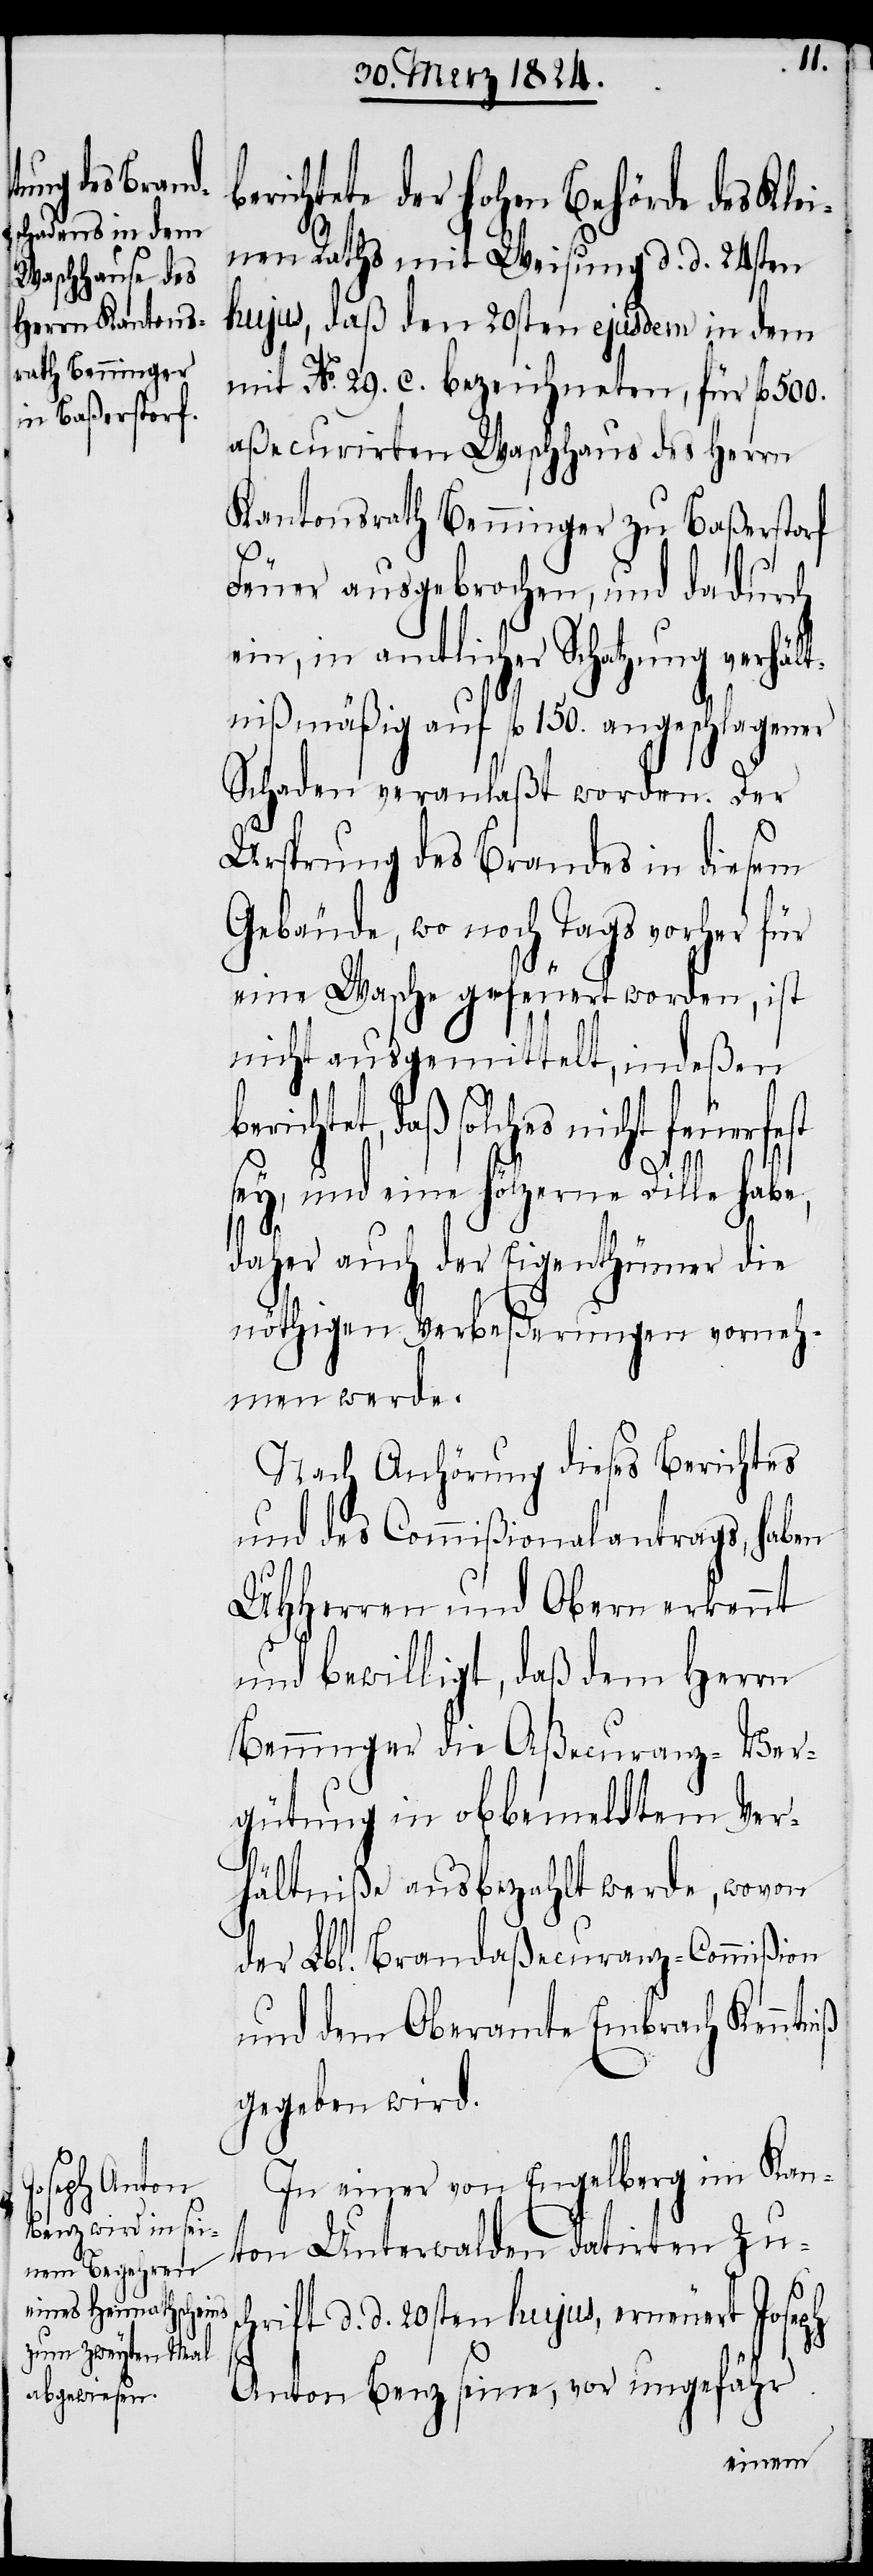
Benz seine,

richtete der hohen Behörde des Kle¬
inen Raths mit Weisung d. d. 24sten
hujus, daß den 20sten ejusdem in dem
mit No. 29. c. bezeichneten, für fl. 500.
aßecurirten Waschhaus des Herrn
Kantonsrath Benninger zu Baßerstorf
Feuer ausgebrochen, und dadurch
ein, in amtlicher Schatzung verhält¬
nißmäßig auf fl. 150. angeschlagener
Schaden veranlaßt worden. Der
Ursprung des Brandes in diesem
Gebäude, wo es noch Tags vorher für
eine Wasche gefeuert worden, ist
nicht ausgemittelt, indeßen
berichtet, daß solches nicht feuerfest
sey, und eine hölzerne Dille habe,
daher auch der Eigenthümer die
nöthigen Verbeßerungen vorneh¬
men werde.
Nach Anhörung dieses Berichtes
und des Commißionalantrags, haben
UHHerren und Obern erkennt
und bewilligt, daß dem Herrn
Benninger die Aßecuranz-Ver¬
gütung in obbemeldtem Ver¬
hältniße ausbezahlt werde, wovon
der Lbl. Brandaßecuranz-Commißion
und dem Oberamte Embrach Kenntniß
gegeben wird.
In einer von Engelberg im Kan¬
ton Unterwalden datirten Zus¬
chrift d. d. 20sten hujus, erneuert Joseph
be¬